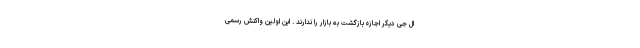
ال جی دیگر اجازه بازگشت به بازار را ندارند . این اولین واکنش رسمی